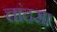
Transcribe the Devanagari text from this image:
चांदसा